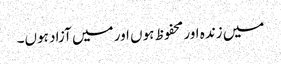
میں زندہ اور محفوظ ہوں اور میں آزاد ہوں۔